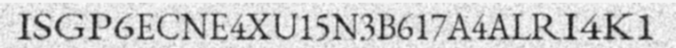
ISGP6ECNE4XU15N3B617A4ALRI4K1